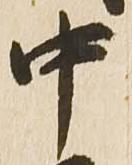
中